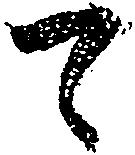
て